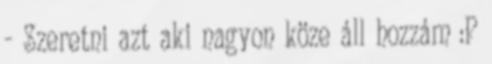
- Szeretni azt aki nagyon köze áll hozzám :P